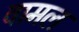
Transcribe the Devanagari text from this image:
वामल